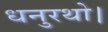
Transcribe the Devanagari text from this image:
धनुरथो।